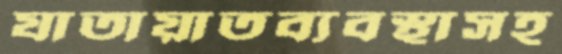
যাতায়াতব্যবস্থাসহ